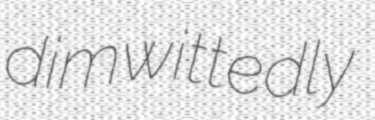
dimwittedly